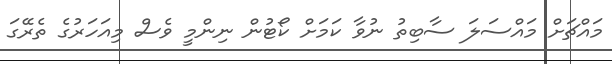
މައްޗަށް މައްސަލަ ސާބިތު ނުވާ ކަމަށް ކޯޓުން ނިންމީ ވެސް މިއަހަރުގެ ތެރޭގަ